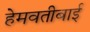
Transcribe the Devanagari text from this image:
हेमवतीबाई